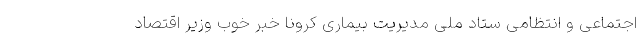
اجتماعی و انتظامی ستاد ملی مدیریت بیماری کرونا خبر خوب وزیر اقتصاد